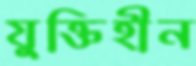
যুক্তিহীন